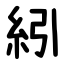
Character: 紖